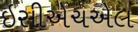
ઇસીએચએલ